Report of the Bombay Veterinary College
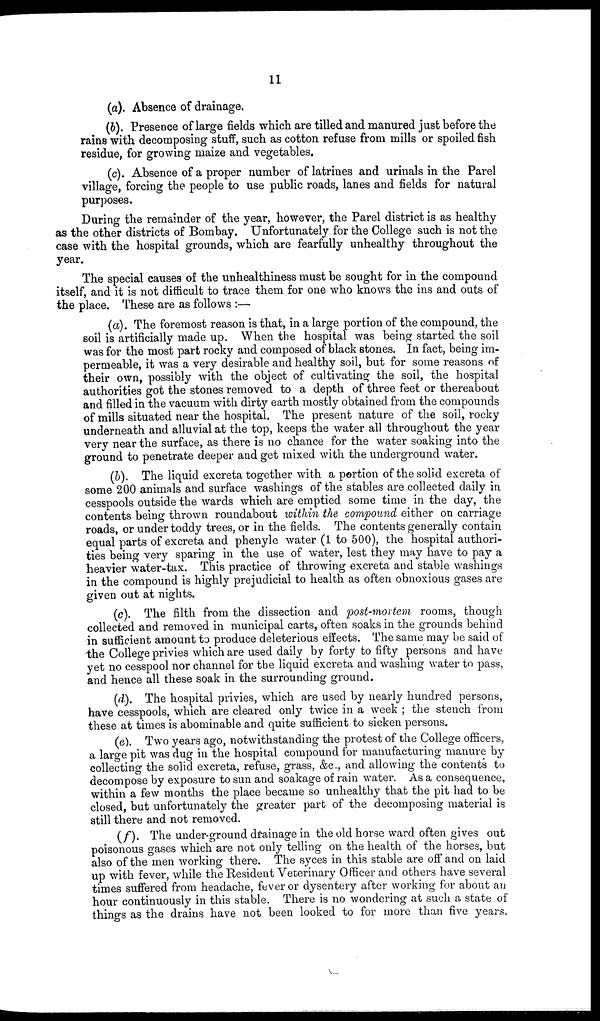
11
(a). Absence of drainage.
(b). Presence of large fields which are tilled and manured just before the
rains with decomposing stuff, such as cotton refuse from mills or spoiled fish
residue, for growing maize and vegetables.
(c). Absence of a proper number of latrines and urinals in the Parel
village, forcing the people to use public roads, lanes and fields for natural
purposes.
During the remainder of the year, however, the Parel district is as healthy
as the other districts of Bombay. Unfortunately for the College such is not the
case with the hospital grounds, which are fearfully unhealthy throughout the
year.
The special causes of the unhealthiness must be sought for in the compound
itself, and it is not difficult to trace them for one who knows the ins and outs of
the place. These are as follows :—
(a). The foremost reason is that, in a large portion of the compound, the
soil is artificially made up. When the hospital was being started the soil
was for the most part rocky and composed of black stones. In fact, being im-
permeable, it was a very desirable and healthy soil, but for some reasons of
their own, possibly with the object of cultivating the soil, the hospital
authorities got the stones removed to a depth of three feet or thereabout
and filled in the vacuum with dirty earth mostly obtained from the compounds
of mills situated near the hospital. The present nature of the soil, rocky
underneath and alluvial at the top, keeps the water all throughout the year
very near the surface, as there is no chance for the water soaking into the
ground to penetrate deeper and get mixed with the underground water.
(b). The liquid excreta together with a portion of the solid excreta of
some 200 animals and surface washings of the stables are collected daily in
cesspools outside the wards which are emptied some time in the day, the
contents being thrown roundabout within the compound either on carriage
roads, or under toddy trees, or in the fields. The contents generally contain
equal parts of excreta and phenyle water (1 to 500), the hospital authori-
ties being very sparing in the use of water, lest they may have to pay a
heavier water-tax. This practice of throwing excreta and stable washings
in the compound is highly prejudicial to health as often obnoxious gases are
given out at nights.
(c). The filth from the dissection and post-mortem rooms, though
collected and removed in municipal carts, often soaks in the grounds behind
in sufficient amount to produce deleterious effects. The same may be said of
the College privies which are used daily by forty to fifty persons and have
yet no cesspool nor channel for the liquid excreta and washing water to pass,
and hence all these soak in the surrounding ground.
(d). The hospital privies, which are used by nearly hundred persons,
have cesspools, which are cleared only twice in a week ; the stench from
these at times is abominable and quite sufficient to sicken persons.
(e). Two years ago, notwithstanding the protest of the College officers,
a large pit was dug in the hospital compound for manufacturing manure by
collecting the solid excreta, refuse, grass, &c., and allowing the contents to
decompose by exposure to sun and soakage of rain water. As a consequence,
within a few months the place became so unhealthy that the pit had to be
closed, but unfortunately the greater part of the decomposing material is
still there and not removed.
(f). The under-ground drainage in the old horse ward often gives out
poisonous gases which are not only telling on the health of the horses, but
also of the men working there. The syces in this stable are off and on laid
up with fever, while the Resident Veterinary Officer and others have several
times suffered from headache, fever or dysentery after working for about an
hour continuously in this stable. There is no wondering at such a state of
things as the drains have not been looked to for more than five years.